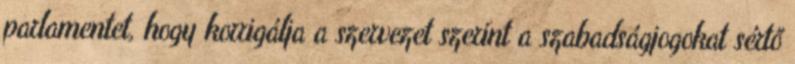
parlamentet, hogy korrigálja a szervezet szerint a szabadságjogokat sértő